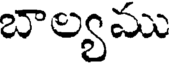
బాల్యము